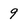
Character: 9